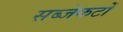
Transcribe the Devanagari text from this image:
सब्जेकटों